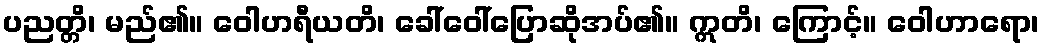
ပညတ္တိ၊ မည်၏။ ဝေါဟရီယတိ၊ ခေါ်ဝေါ်ပြောဆိုအပ်၏။ ဣတိ၊ ကြောင့်။ ဝေါဟာရော၊